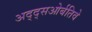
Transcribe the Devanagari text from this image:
अद्द्सओर्बतिवे